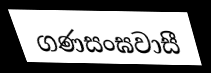
ගණසංඝවාසී